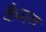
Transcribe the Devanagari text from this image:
कैमन